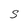
Character: S